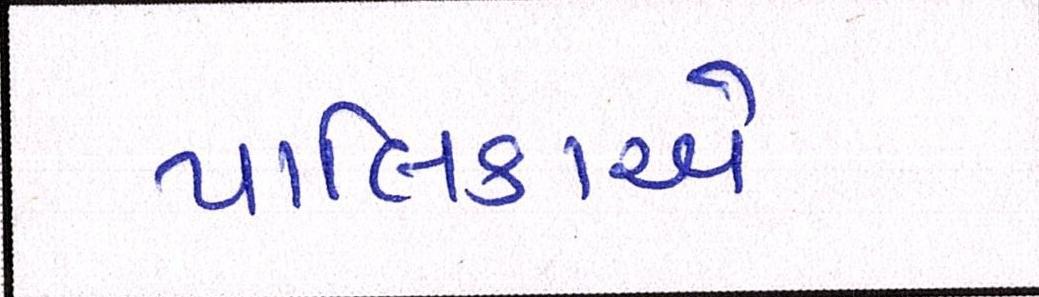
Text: પાલિકાએ